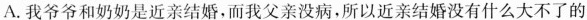
A.我爷爷和奶奶是近亲结婚，而我父亲没病，所以近亲结婚没有什么大不了的